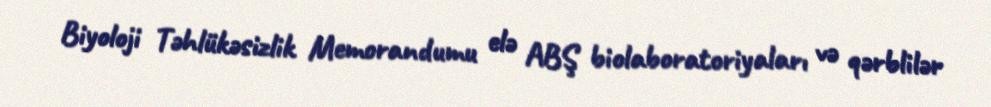
Biyoloji Təhlükəsizlik Memorandumu elə ABŞ biolaboratoriyaları və qərblilər